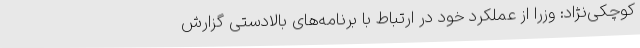
کوچکی‌نژاد: وزرا از عملکرد خود در ارتباط با برنامه‌های بالادستی گزارش